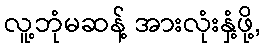
လူ့ဘုံမဆန့် အားလုံးနှံ့ဖို့,